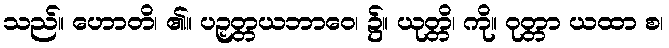
သည်။ ဟောတိ၊ ၏။ ပဉှတ္တယဘာဝေ၊ ၌။ ယုတ္တိ၊ ကို။ ဝုတ္တာ ယထာ စ၊